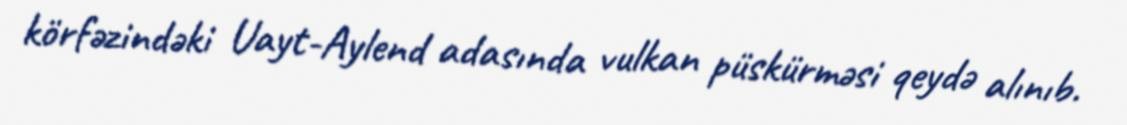
körfəzindəki Uayt-Aylend adasında vulkan püskürməsi qeydə alınıb.